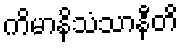
ကိမာနိသံသာနီတိ